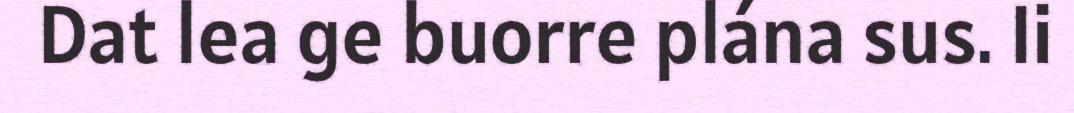
Dat lea ge buorre plána sus. Ii